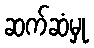
ဆက်ဆံမှု